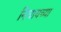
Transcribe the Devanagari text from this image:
निघायच्या